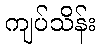
ကျပ်သိန်း